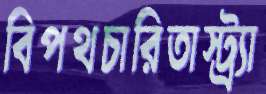
বিপথচারিতাস্ট্র্যা